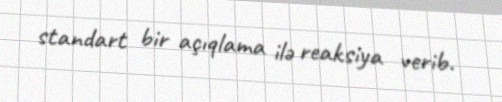
standart bir açıqlama ilə reaksiya verib.